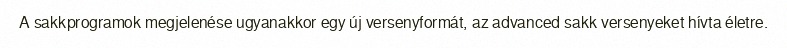
A sakkprogramok megjelenése ugyanakkor egy új versenyformát, az advanced sakk versenyeket hívta életre.